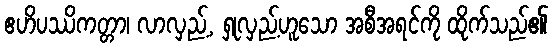
ဧဟိပဿိကတ္တာ၊ လာလှည့်, ရှုလှည့်ဟူသော အစီအရင်ကို ထိုက်သည်၏